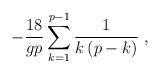
LaTeX: \begin{align*}- \frac{18}{g p} \sum_{k=1}^{p-1} \frac{1}{k \left(p-k\right)} \; ,\end{align*}